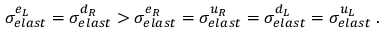
\sigma _ { e l a s t } ^ { e _ { L } } = \sigma _ { e l a s t } ^ { d _ { R } } > \sigma _ { e l a s t } ^ { e _ { R } } = \sigma _ { e l a s t } ^ { u _ { R } } = \sigma _ { e l a s t } ^ { d _ { L } } = \sigma _ { e l a s t } ^ { u _ { L } } \; .